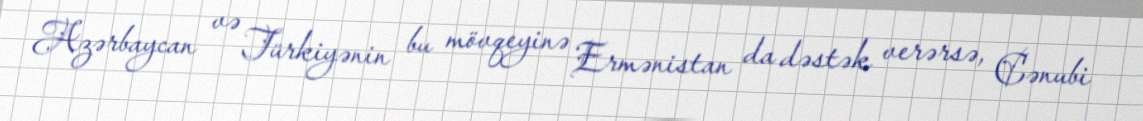
Azərbaycan və Türkiyənin bu mövqeyinə Ermənistan da dəstək verərsə, Cənubi